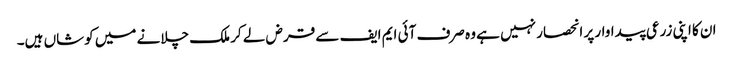
ان کا اپنی زرعی پیداوار پر انحصار نہیں ہے وہ صرف آئی ایم ایف سے قرض لے کر ملک چلانے میں کوشاں ہیں۔